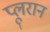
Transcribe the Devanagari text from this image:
प्लूरान